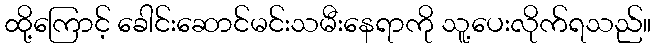
ထို့ကြောင့် ခေါင်းဆောင်မင်းသမီးနေရာကို သူ့ပေးလိုက်ရသည်။